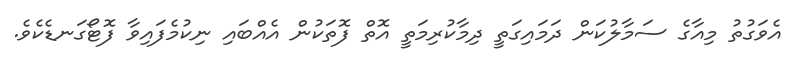
އެވަގުތު މިއާގެ ސަމާލުކަން ދަމައިގަތީ ދިމާކުރިމަތީ އޮތް ފޮތަކުން އެއްބައި ނިކުމެފައިވާ ފޮޓޯގަނޑެކެވެ.